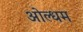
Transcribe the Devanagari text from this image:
ओल्धम